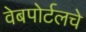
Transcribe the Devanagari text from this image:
वेबपोर्टलचे